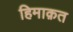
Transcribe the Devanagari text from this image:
हिमाक़त